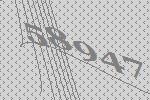
58947